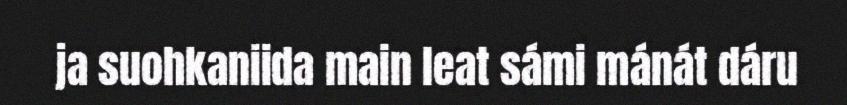
ja suohkaniida main leat sámi mánát dáru